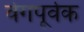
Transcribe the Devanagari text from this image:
वेगपूर्वक